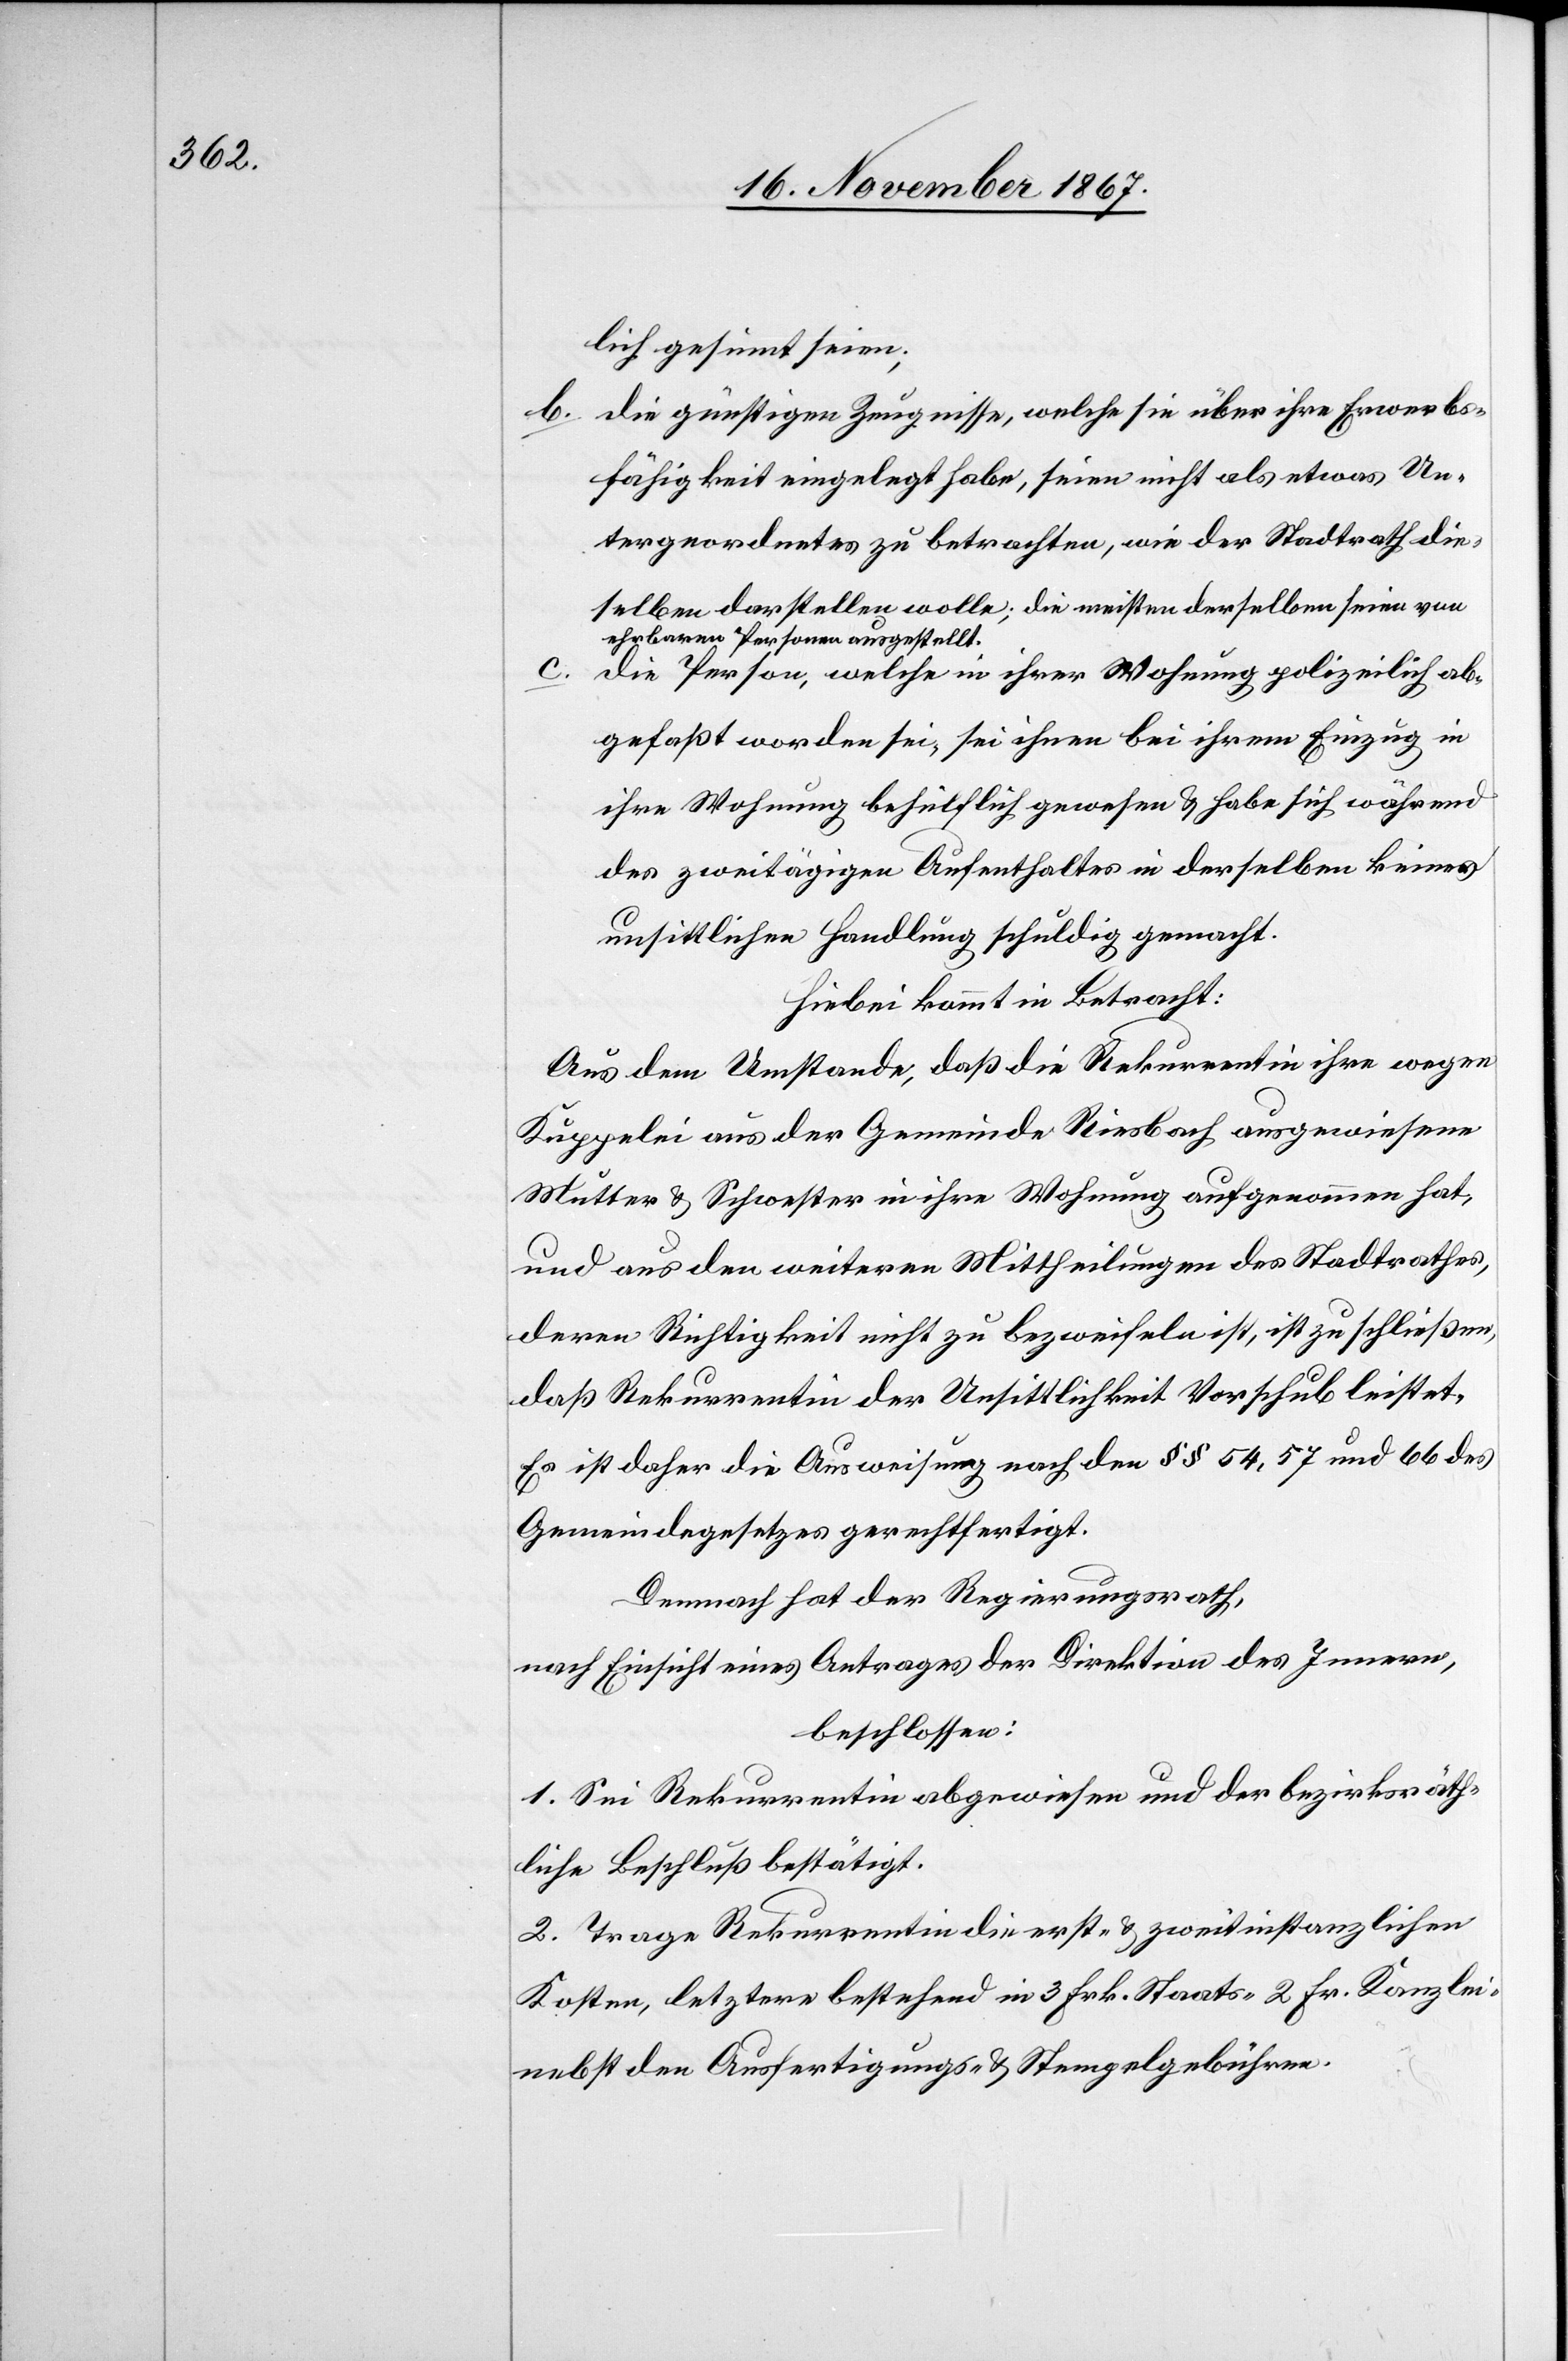
lich gesinnt seien;
b. die günstigen Zeugnisse, welche sie über ihre Erwerbs¬
fähigkeit eingelegt habe, seien nicht als etwas Un¬
tergeordnetes zu betrachten, wie der Stadtrath die¬
selben darstellen wolle; die meisten derselben seien von
ehrbaren Personen ausgestellt.
c.
die Person, welche in ihrer Wohnung polizeilich ab¬
gefaßt worden sei, sei ihnen bei ihrem Einzu in
ihre Wohnung behülflich gewesen u. habe sich während
des zweitägigen Aufenthaltes in derselben keiner
unsittlichen Handlung schuldig gemacht.
Hiebei kommt in Betracht:
Aus dem Umstande, daß die Rekurrentin ihre wegen
Kuppelei aus der Gemeinde Riesbach ausgewiesene
Mutter u. Schwester in ihre Wohnung aufgenommen hat,
und aus den weiteren Mittheilungen des Stadtrathes,
deren Richtigkeit nicht zu bezweifeln ist, ist zu schließen,
daß Rekurrentin der Unsittlichkeit Vorschub leistet.
Es ist daher die Ausweisung nach den § § 54, 57 und 66 des
Gemeindegesetzes gerechtfertigt.
Demnach hat der Regierungsrath,
nach Einsicht eines Antrages der Direktion des Innern;
beschlossen:
1. Sei Rekurrentin abgewiesen und der bezirksräth¬
liche Beschluß bestätigt.
2. Trage Rekurrentin die erst- u. zweitinstanzlichen
Kosten, letztere bestehend in 3 Frk. Staats-[,] 2 Fr. Kanzlei-
nebst den Ausfertigungs- u. Stempelgebühren.